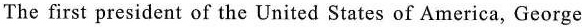
The first president of the United States of America,George